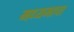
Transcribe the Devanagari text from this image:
मध्यमाचा